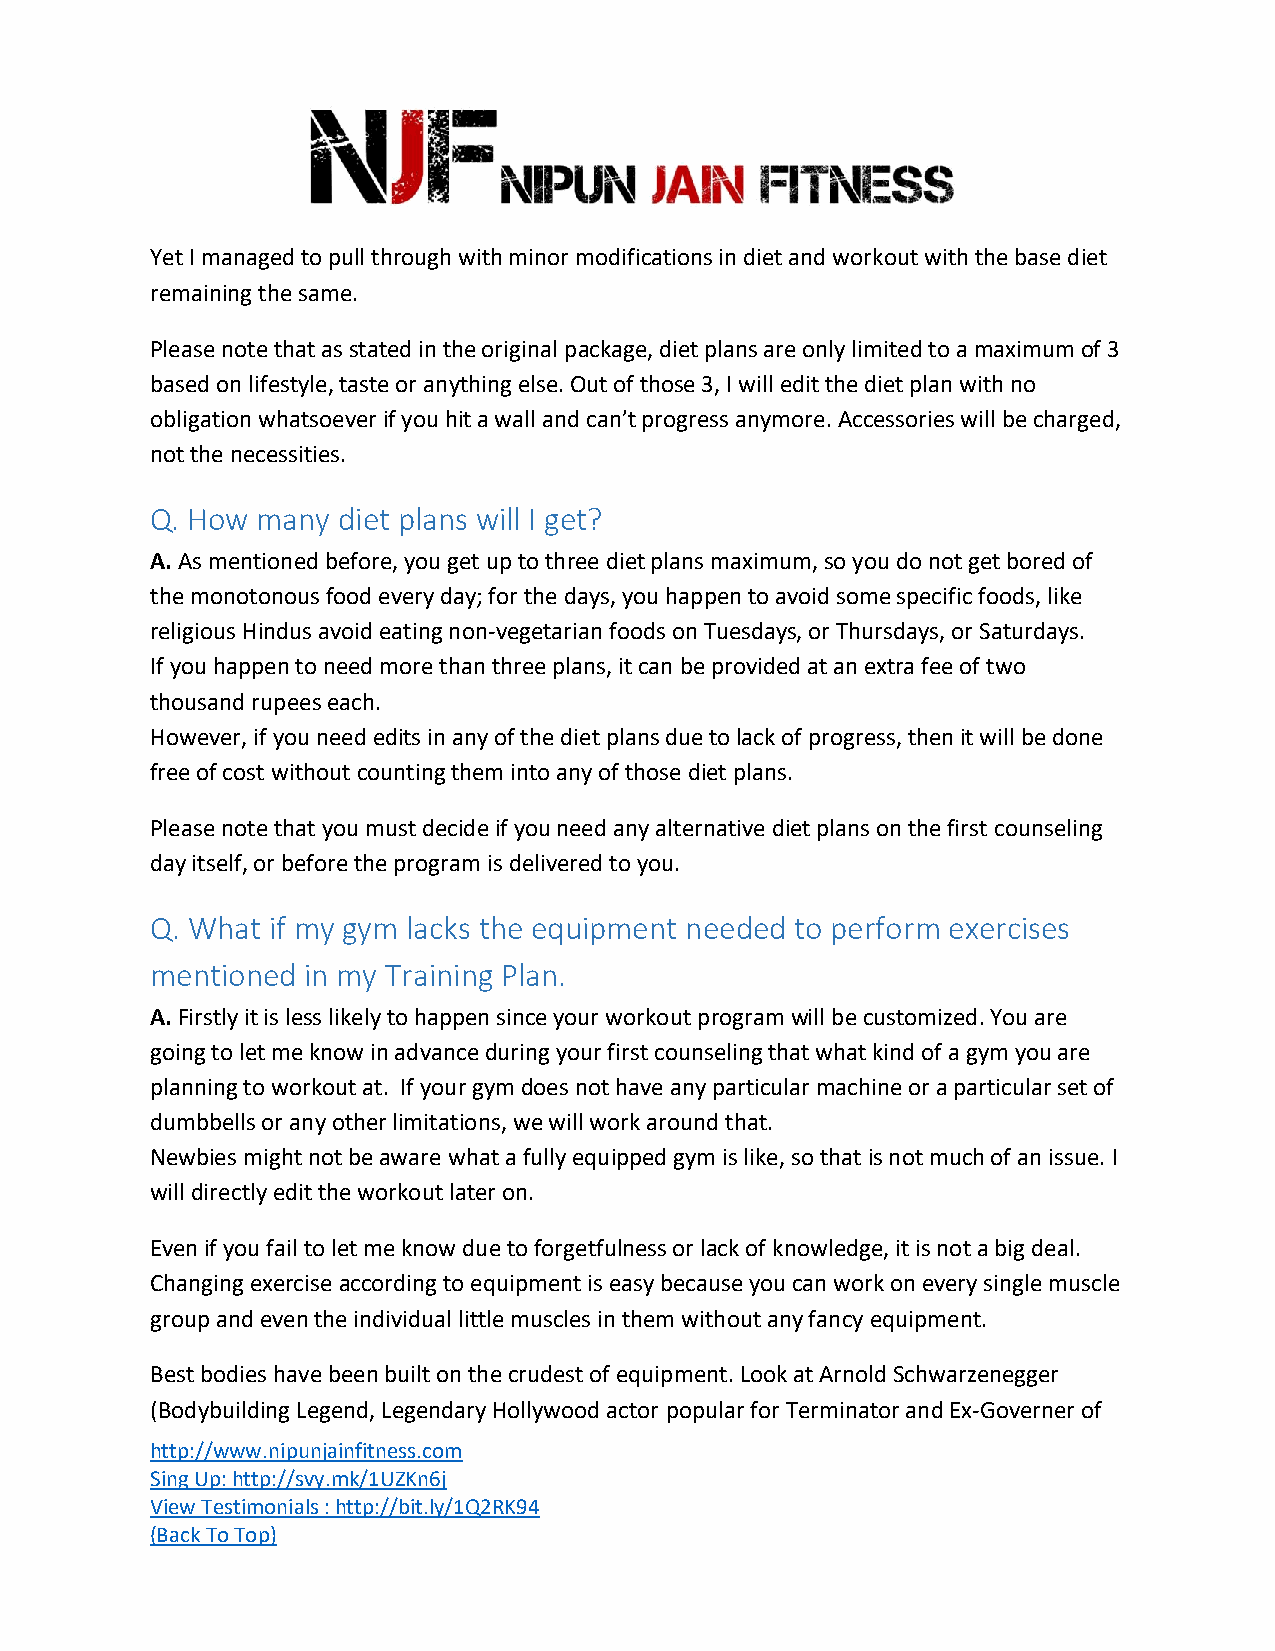
Yet I managed to pull through with minor modifications in diet and workout with the base diet
 remaining the same.
 Please note that as stated in the original package, diet plans are only limited to a maximum of 3
 based on lifestyle, taste or anything else. Out of those 3, I will edit the diet plan with no
 obligation whatsoever if you hit a wall and can’t progress anymore. Accessories will be charged,
 not the necessities.
 Q. How many diet plans will I get?
 A. As mentioned before, you get up to three diet plans maximum, so you do not get bored of
 the monotonous food every day; for the days, you happen to avoid some specific foods, like
 religious Hindus avoid eating non-vegetarian foods on Tuesdays, or Thursdays, or Saturdays.
 If you happen to need more than three plans, it can be provided at an extra fee of two
 thousand rupees each.
 However, if you need edits in any of the diet plans due to lack of progress, then it will be done
 free of cost without counting them into any of those diet plans.
 Please note that you must decide if you need any alternative diet plans on the first counseling
 day itself, or before the program is delivered to you.
 Q. What if my gym lacks the equipment needed to perform exercises
 mentioned in my Training Plan.
 A. Firstly it is less likely to happen since your workout program will be customized. You are
 going to let me know in advance during your first counseling that what kind of a gym you are
 planning to workout at. If your gym does not have any particular machine or a particular set of
 dumbbells or any other limitations, we will work around that.
 Newbies might not be aware what a fully equipped gym is like, so that is not much of an issue. I
 will directly edit the workout later on.
 Even if you fail to let me know due to forgetfulness or lack of knowledge, it is not a big deal.
 Changing exercise according to equipment is easy because you can work on every single muscle
 group and even the individual little muscles in them without any fancy equipment.
 Best bodies have been built on the crudest of equipment. Look at Arnold Schwarzenegger
 (Bodybuilding Legend, Legendary Hollywood actor popular for Terminator and Ex-Governer of
 http://www.nipunjainfitness.com
 Sing Up: http://svy.mk/1UZKn6j
 View Testimonials : http://bit.ly/1Q2RK94
 (Back To Top)